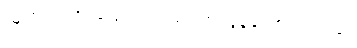
သူက စကားပြောကလည်း အလွန်ကောင်းတဲ့လူ။